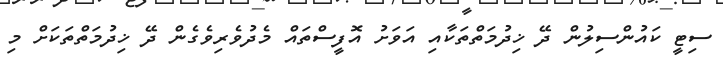
ސިޓީ ކައުންސިލުން ދޭ ޚިދުމަތްތަކާއި އަވަށު އޮފީސްތައް މެދުވެރިވެގެން ދޭ ޚިދުމަތްތަކަށް މި